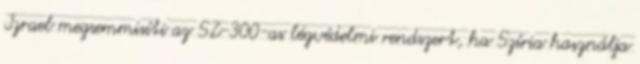
Izrael megsemmisíti az SZ-300-as légvédelmi rendszert, ha Szíria használja